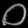
Digit: ၀